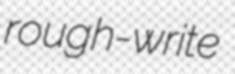
rough-write